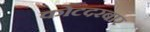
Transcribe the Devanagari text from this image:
कोटदरबार